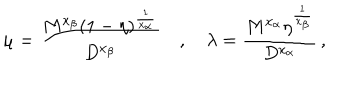
\mu = \frac { M ^ { x _ { \beta } } ( 1 - \eta ) ^ { \frac { 1 } { x _ { \alpha } } } } { D ^ { x _ { \beta } } } \quad , \quad \lambda = \frac { M ^ { x _ { \alpha } } \eta ^ { \frac { 1 } { x _ { \beta } } } } { D ^ { x _ { \alpha } } } \, ,